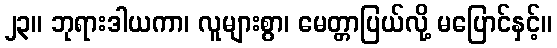
၂၃။ ဘုရားဒါယကာ၊ လူများစွာ၊ မေတ္တာပြယ်လို့ မပြောင်နှင့်။